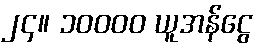
၂၄။ ၁၀၀၀၀ ယူအန်ငွေ